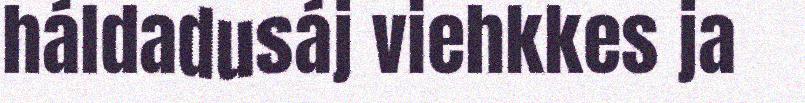
háldadusáj viehkkes ja